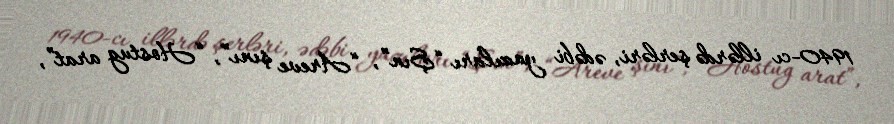
1940-cı illərdə şerləri, ədəbi yazıları “Şın”, “Areve şını”, “Hostug arat”,